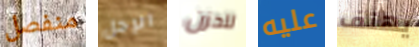
منفصل الرجل للحزن عليه يهتف